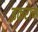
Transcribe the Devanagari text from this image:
इकरान